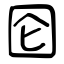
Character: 囵